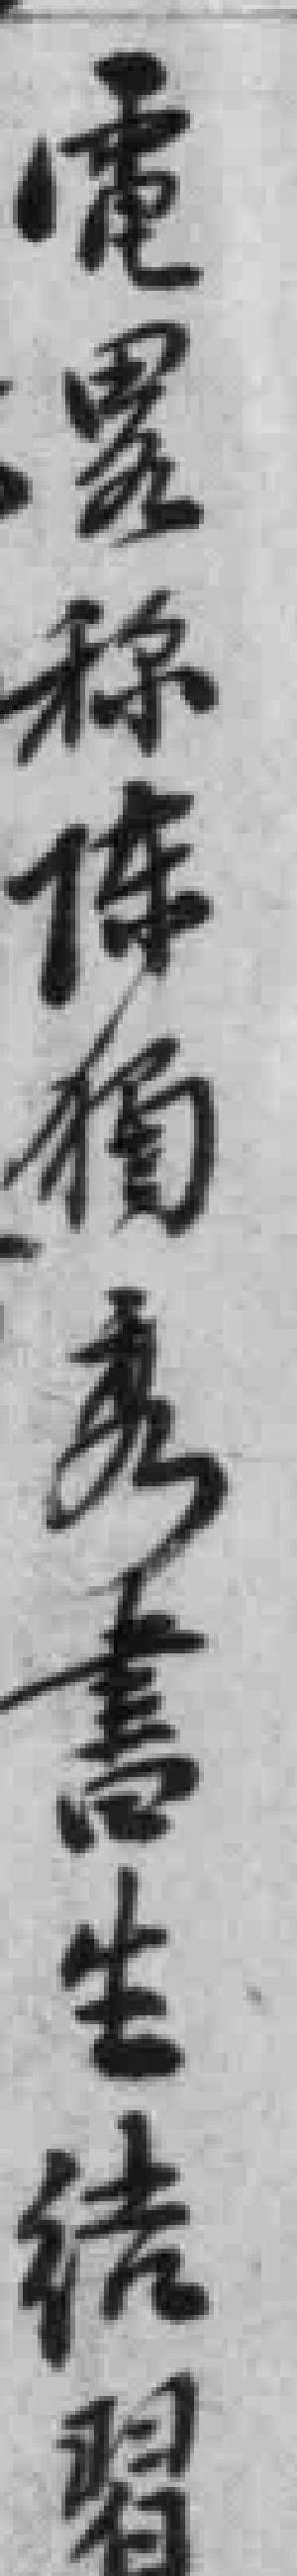
電畧称陳獨秀書生結習